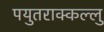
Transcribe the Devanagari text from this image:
पयुतराक्कल्लु